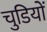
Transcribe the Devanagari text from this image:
चुडियों